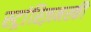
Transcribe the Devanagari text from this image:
स्ट्रांस्ज़िनस्की